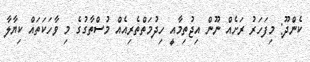
ކެންދޫ: މިފަހަރު ރަށެއް ނޫން އިޖުތިމާއީ ހިދުމަތްތެރިއެއް މުސްތާގުގެ މި ވާހަކަތައް ކިޔާލާ